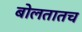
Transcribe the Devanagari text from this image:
बोलतातच